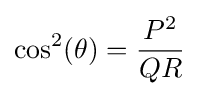
\cos ^{2}(\theta )={\frac {P^{2}}{QR}}